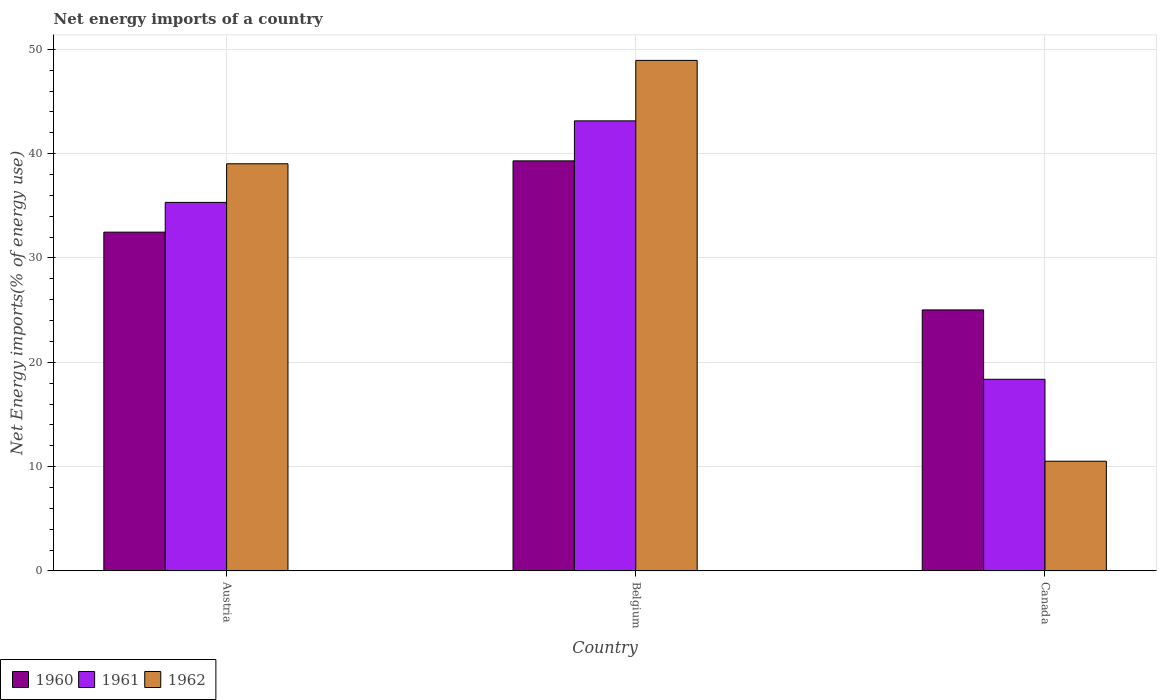
| Country | 1960 | 1961 | 1962 |
 | --- | --- | --- | --- |
 | Austria | 32.5 | 35.3 | 39 |
 | Belgium | 39.3 | 43.1 | 48.9 |
 | Canada | 25 | 18.4 | 10.5 |